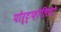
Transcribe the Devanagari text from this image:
पोर्ट्फ़ोलियो